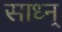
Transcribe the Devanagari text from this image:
साध्न्